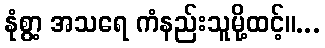
နုံစွာ့ အသရေ ကံနည်းသူမို့ထင့်။...